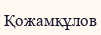
Қожамқұлов